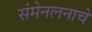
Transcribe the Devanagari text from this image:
संमेनलनाचे